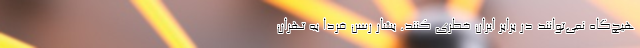
هیچ‌گاه نمی‌توانند در برابر ایران خطری کنند. بشار رسن فردا به تهران